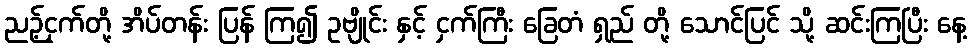
ညဉ့်ငှက်တို့ အိပ်တန်း ပြန် ကြ၍ ဥဗျိုင်း နှင့် ငှက်ကြီး ခြေတံ ရှည် တို့ သောင်ပြင် သို့ ဆင်းကြပြီး နေ့